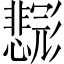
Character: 𱝨